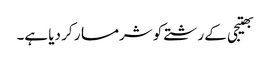
بھتیجی کے رشتے کو شرمسار کر دیا ہے۔